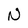
Character: N